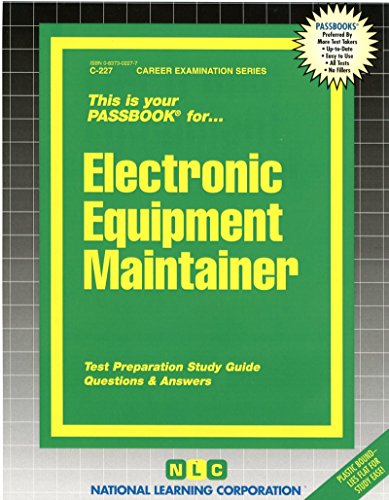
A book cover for Electronic Equipment Maintainer(Passbooks) (The Passbook Series); Jack Rudman; Test Preparation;